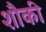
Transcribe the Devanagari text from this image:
शौकी